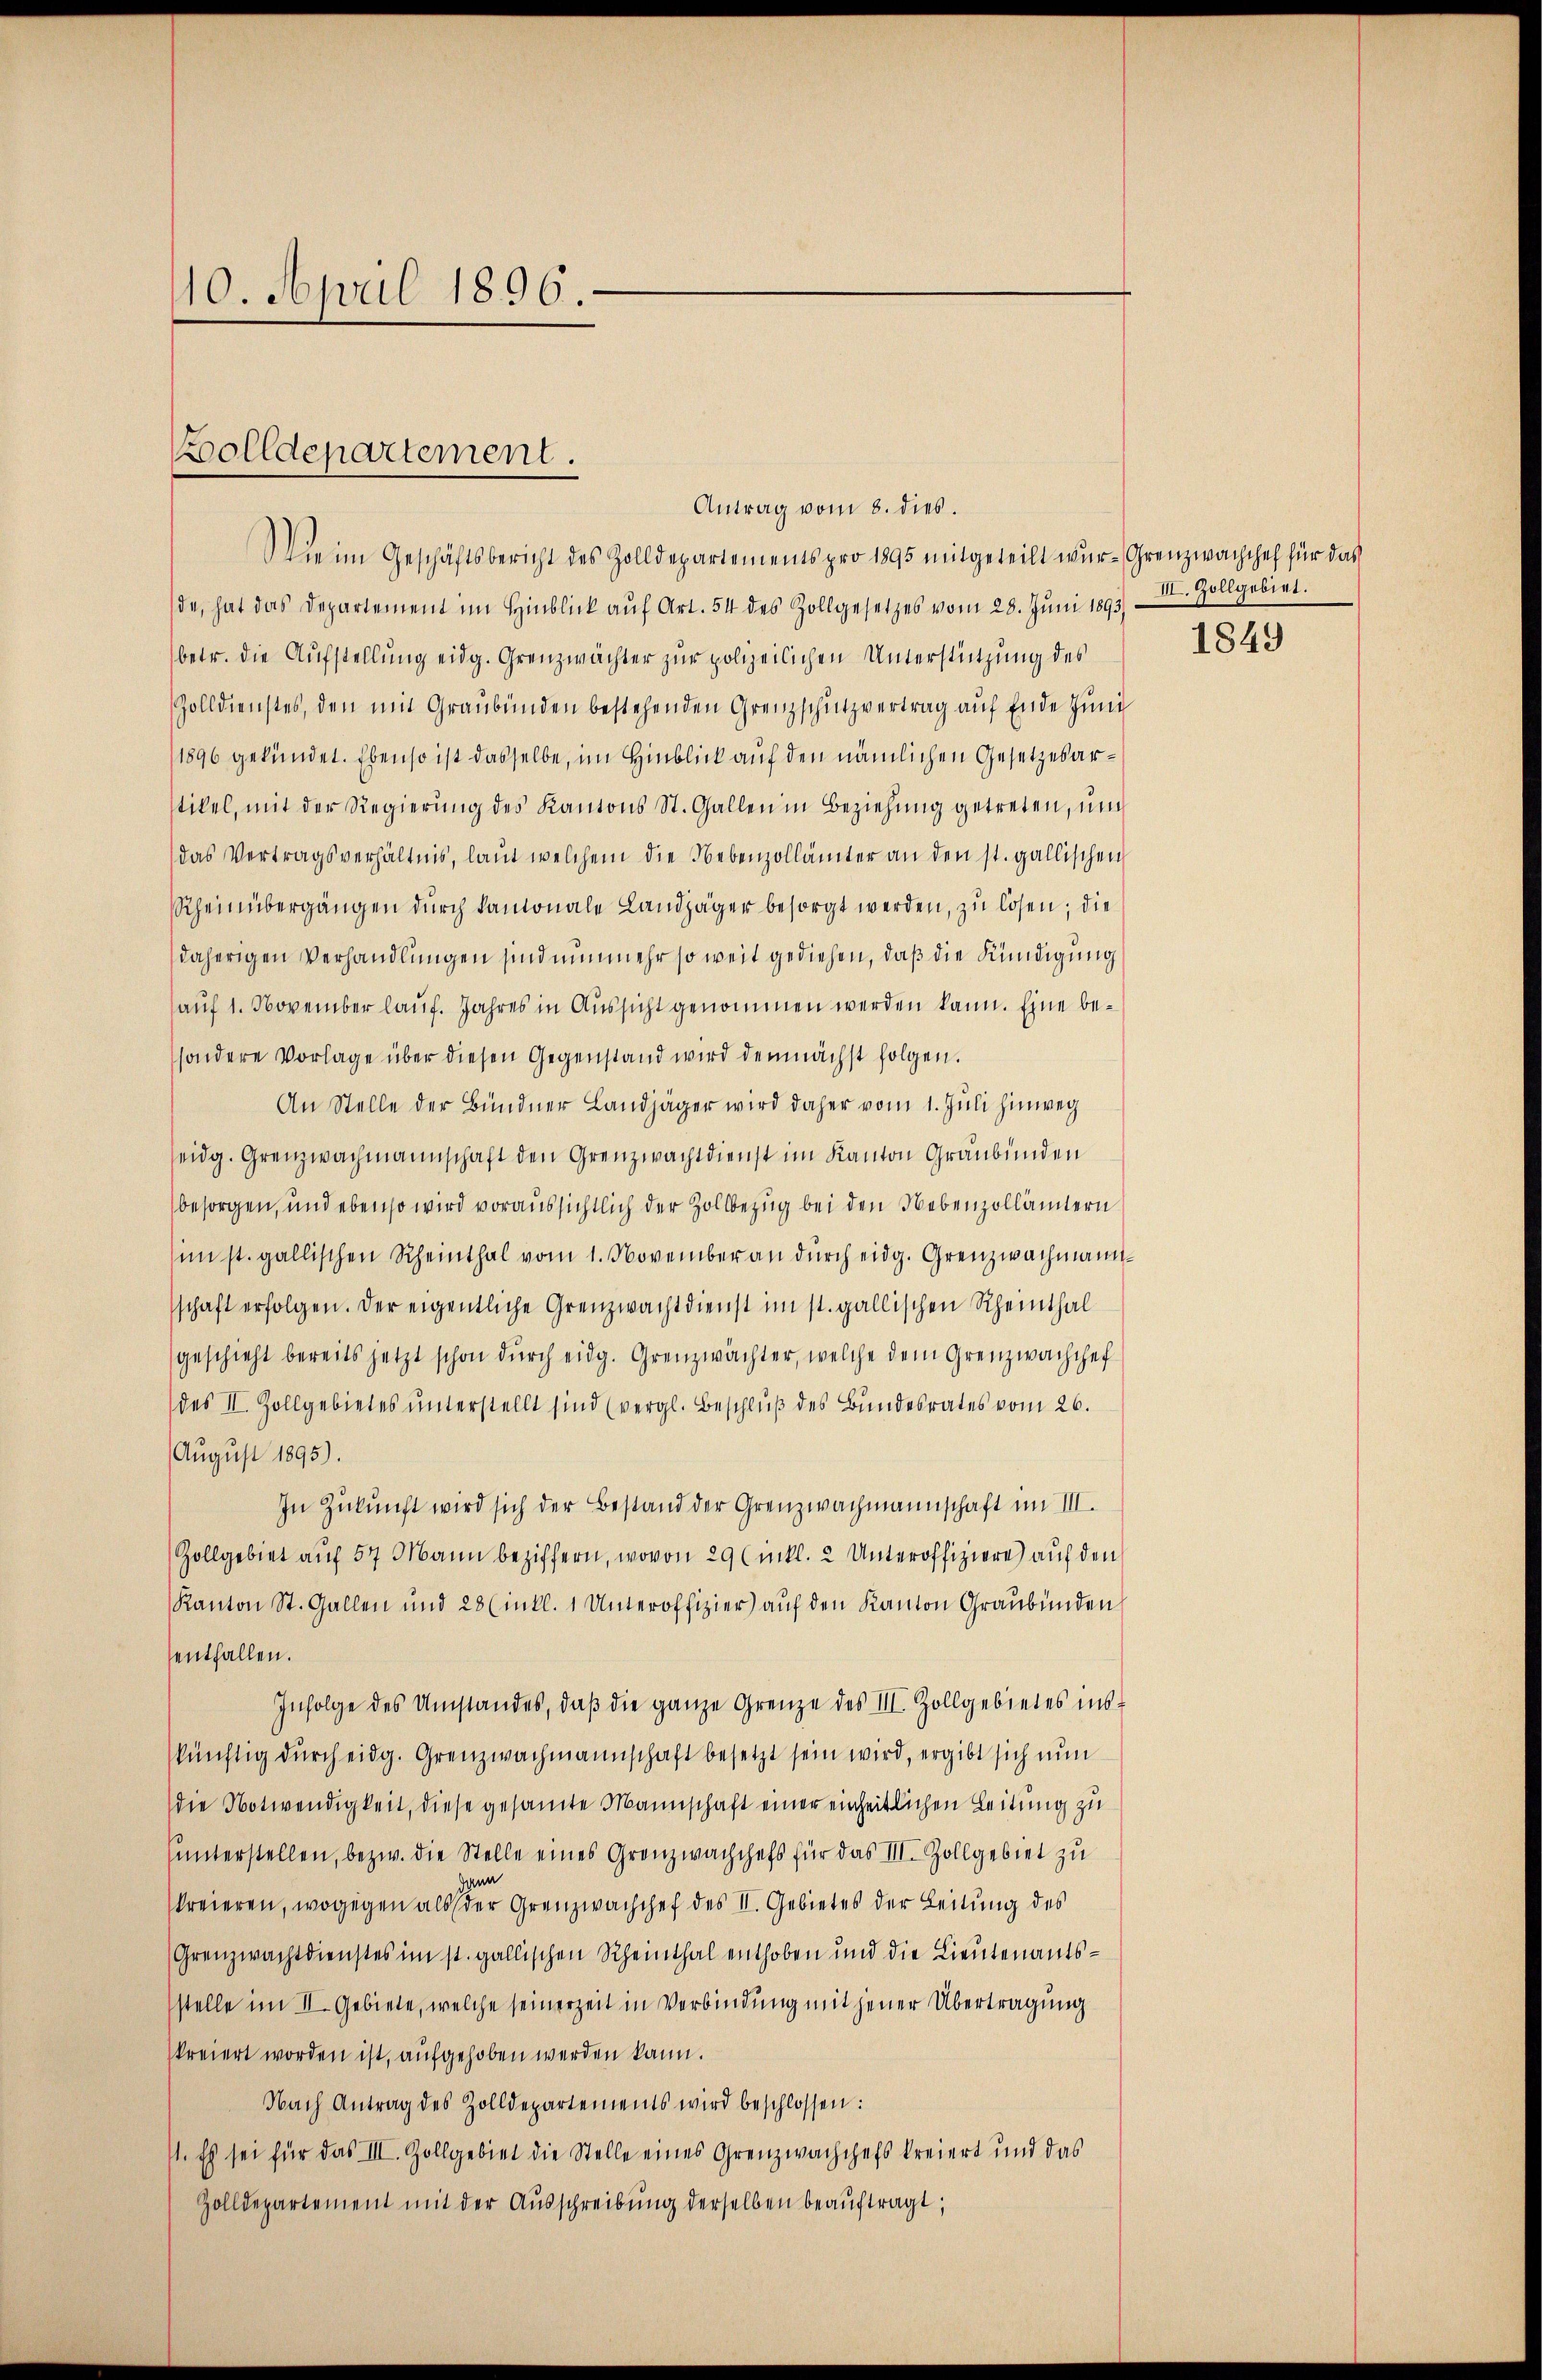
10. April 1896.

Wie im Geschäftsbericht des Zolldepartements pro 1895 mitgeteilt wur-Grenzwachchef für das
de, hat das Departement im Hinblick auf Art. 54 des Zollgesetzes vom 28. Juni 1893)
betr. die Aufstellung eidg. Grenzwächter zur polizeilichen Unterstützung des
Zolldienstes, den mit Graubünden bestehenden Grenzschutzvertrag auf Ende Juni
1896 gekündet. Ebenso ist dasselbe, im Hinblick auf den nämlichen Gesetzesarstikel, mit der Regierŭng des Kantons St. Gallen in Beziehung getreten, um
das Vertragsverhältnis, laut welchem die Nebenzollämter an den st. gallischen
Rheinübergängen durch damonale Landjäger besorgt werden, zu lösen; die
daherigen Verhandlungen sind nunmehr so weit gediehen, daß die Kündigung
(auf 1. November lauf. Jahres in Aussicht genommen werden kann. Eine besondere Vorlage über diesen Gegenstand wird demnächst folgen.
An Stelle der Bündner Landjäger wird daher vom 1. Juli hinweg
seidg. Grenzwachmannschaft den Grenzwachtdienst im Kanton Graubünden
besorgen, und ebenso wird voraussichtlich der Zollbezug bei den Nebenzollämtern
im st. gallischen Rheinthal vom 1. November an durch eidg. Grenzwachmann
schaft erfolgen. Der eigentliche Grenzwacht dienst im st. gallischen Rheinthal
geschieht bereits jetzt schon durch eidg. Grenzwächter, welche dem Grenzwachchef
(des II. Zollgebietes unterstellt sind (vergl. Beschluß des Bundesrates vom 26.
August 1895).
In Zukunft wird sich der Bestand der Grenzwachmannschaft im III.
Zollgebiet aŭf 57 Mann beziffern, wovon 29 (ikl. 2 Unteroffiziere) auf den
Kanton St. Gallen und 28 (inkl. 1 Unteroffizier aŭf den Kanton Graubünden
enthallen.
Infolge des Umstandes, daβ die ganze Grenze des III. Zollgebietes ins
skünftig durch eidg. Grenzwachmannschaft besetzt sein wird, ergibt sich nun
die Notwendigkeit, diese gesamte Mannschaft einer einheitlichen Leitung zu
ŭnterstellen, bezw. die Stelle eines Granzwachchefs für das III. Zollgebiet zu
kreieren, wogegen als der Grenzwachchef des II. Gebietes der Leitung des
Grenzwachtdienstes im st. gallischen Rheinthal enthoben und die Lieutenantsstelle im II. Gebiete, welche seinerzeit in Verbindung mit jener Übertragung
kreiert worden ist, aufgehoben werden kann.
Nach Antrag des Zolldepartements wird beschlossen:
71. Es sei für das III. Zollgebiet die Stelle eines Grenzwachchefs kreiert und das
Zolldepartement mit der Aŭsschreibŭng derselben beaŭftragt;

Bolldepartement.

Antrag vom 8. dies.

III. Zollgebiet.

1849